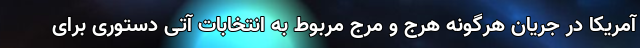
آمریکا در جریان هرگونه هرج و مرج مربوط به انتخابات آتی دستوری برای